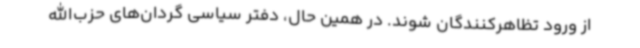
از ورود تظاهرکنندگان شوند. در همین حال، دفتر سیاسی گردان‌های حزب‌الله